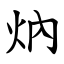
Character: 㶧